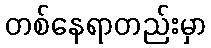
တစ်နေရာတည်းမှာ